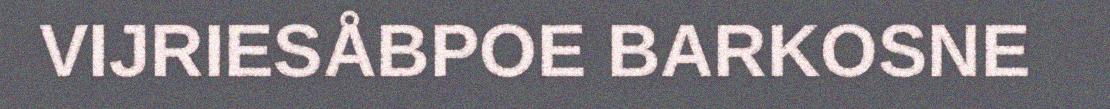
VIJRIESÅBPOE BARKOSNE